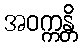
အဝက္ကန္တိ